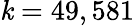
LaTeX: \textstyle\mathit{k}=49,581